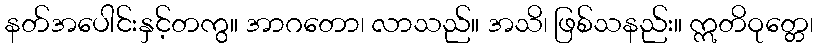
နတ်အပေါင်းနှင့်တကွ။ အာဂတော၊ လာသည်။ အသိ၊ ဖြစ်သနည်း။ ဣတိဝုတ္တေ၊